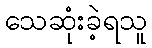
သေဆုံးခဲ့ရသူ